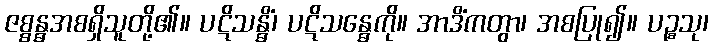
ဇစ္စန္ဓအစရှိသူတို့၏။ ပဋိသန္ဓိံ၊ ပဋိသန္ဓေကို။ အာဒိံကတွာ၊ အစပြု၍။ ပဉ္စသု၊